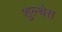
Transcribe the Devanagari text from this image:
शुल्थेस